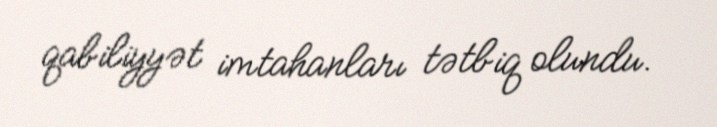
qabiliyyət imtahanları tətbiq olundu.